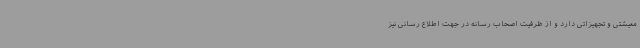
معیشتی و تجهیزاتی دارد و از ظرفیت اصحاب رسانه در جهت اطلاع رسانی نیز